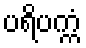
ပရိပက္ကံ